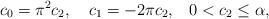
LaTeX: \begin{align*}c_0=\pi^2 c_2, \quad{c_1=-2\pi c_2,}\quad{0<c_2\leq \alpha},\end{align*}